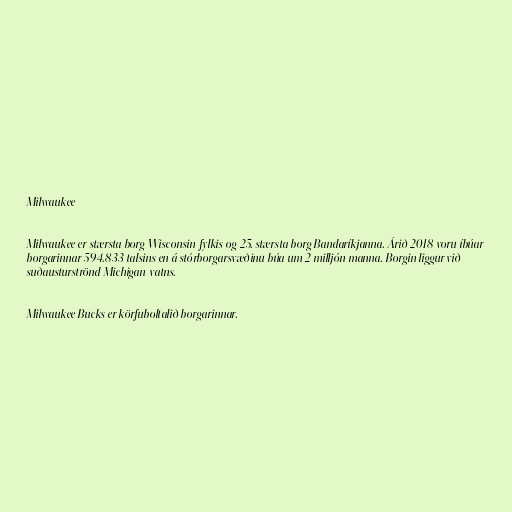
Milwaukee

Milwaukee er stærsta borg Wisconsin-fylkis og 25. stærsta borg Bandaríkjanna. Árið 2018 voru íbúar
borgarinnar 594.833 talsins en á stórborgarsvæðinu búa um 2 milljón manna. Borgin liggur við
suðausturströnd Michigan-vatns.

Milwaukee Bucks er körfuboltalið borgarinnar.